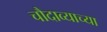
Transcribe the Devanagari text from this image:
चौदाव्याच्या